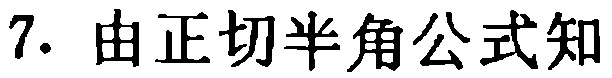
7. 由正切半角公式知